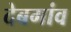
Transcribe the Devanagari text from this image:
देबगांव